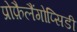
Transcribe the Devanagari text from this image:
प्रोफ़ैलैंगोप्सिडी